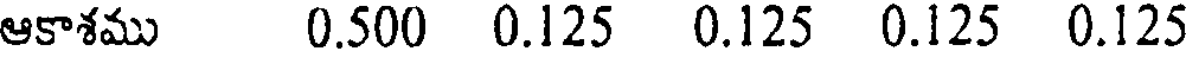
ఆకాశము 0.500 0.125 0.125 0.125 0.125